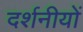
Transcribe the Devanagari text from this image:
दर्शनीयों